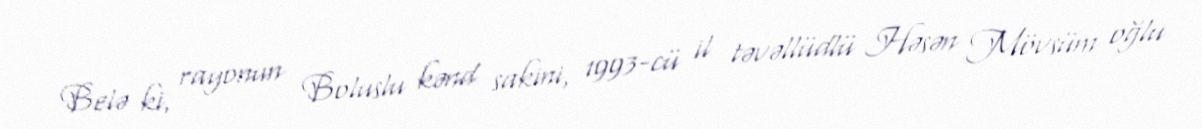
Belə ki, rayonun Boluslu kənd sakini, 1993-cü il təvəllüdlü Həsən Mövsüm oğlu